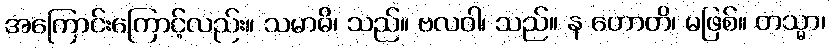
အကြောင်းကြောင့်လည်း။ သမာဓိ၊ သည်။ ဗလဝါ၊ သည်။ န ဟောတိ၊ မဖြစ်။ တသ္မာ၊